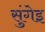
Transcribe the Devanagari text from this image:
सुंगेइ